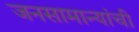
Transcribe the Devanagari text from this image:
जनसामान्यांची